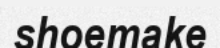
shoemake